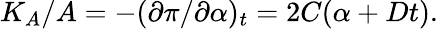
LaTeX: \begin{array}{r}{K_{A}/A=-({\partial}{\pi}/{\partial}{\alpha})_{t}=2C({\alpha}+Dt).}\end{array}